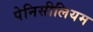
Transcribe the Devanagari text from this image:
पेनिसीलियम